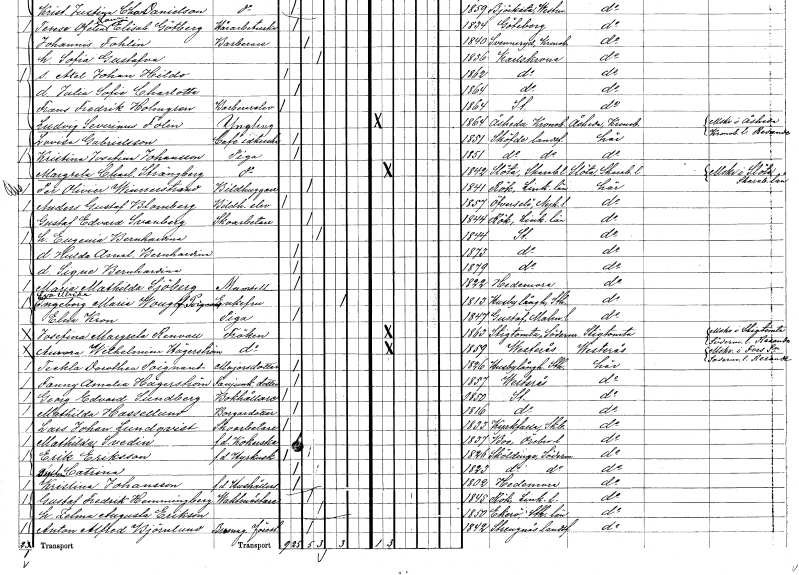
gt_parse: households: individuals: FN: Anders Gustaf
EN: Blomberg
YRKE: Bildhuggarelev
KON: M
CIV: O
FODAR: 1857
FODFORS: Överselö Södermanlands län
FN: Gustaf Edvard
EN: Svanberg
YRKE: Skoarbetare
KON: M
CIV: G
FODAR: 1844
FODFORS: Rök Östergötlands län
FN: Eugenia Bernhardina
KON: K
CIV: G
FODAR: 1844
FODFORS: Stockholm
FN: Hulda Amalia Bernhardina
KON: K
CIV: O
FODAR: 1873
FODFORS: Stockholm
FN: Signe Bernhardina
KON: K
CIV: O
FODAR: 1879
FODFORS: Stockholm
FN: Maria Mathilda
EN: Sjöberg
KON: K
CIV: O
FODAR: 1822
FODFORS: Hedemora Kopparbergs län
FN: Eva Ulrika Ingeborg Maria
EN: Wougt Poignant
KON: K
CIV: E
FODAR: 1813
FODFORS: Husby-Långhundra Uppsala län
FN: Elna
EN: Kron
YRKE: Piga
KON: K
CIV: O
FODAR: 1847
FODFORS: Gustaf Malmöhus län
FN: Josefina Margreta
EN: Renvall
KON: K
CIV: O
FODAR: 1863
FODFORS: Stigtomta Södermanlands län
FN: Aurora Wilhelmina
EN: Hägerström
KON: K
CIV: O
FODAR: 1859
FODFORS: Västerås Västmanlands län
FN: Teckla Dorothea
EN: Poignant
YRKE: Majors dotter
KON: K
CIV: O
FODAR: 1826
FODFORS: Husby-Långhundra Uppsala län
FN: Fanny Amalia
EN: Hägerström
YRKE: Fanjunkaredotter
KON: K
CIV: O
FODAR: 1857
FODFORS: Västerås Västmanlands län
FN: Georg Edvard
EN: Sundberg
YRKE: Bokhållare
KON: M
CIV: O
FODAR: 1850
FODFORS: Stockholm
FN: Mathilda
EN: Hassellund
YRKE: Borgaredotter
KON: K
CIV: O
FODAR: 1816
FODFORS: Stockholm
FN: Lars Johan
EN: Lundqvist
YRKE: Skoarbetare
KON: M
CIV: O
FODAR: 1833
FODFORS: Kyrkefalla Skaraborgs län
FN: Mathilda
EN: Svedin
YRKE: Kokerska f.d.
KON: K
CIV: O
FODAR: 1837
FODFORS: Bo Örebro län
FN: Erik
EN: Eriksson
YRKE: Hyrkusk f.d.
KON: M
CIV: O
FODAR: 1826
FODFORS: Sköldinge Södermanlands län
FN: Catrina
KON: K
CIV: O
FODAR: 1823
FODFORS: Sköldinge Södermanlands län
FN: Kristina
EN: Johansson
YRKE: Hushållerska f.d.
KON: K
CIV: O
FODAR: 1802
FODFORS: Hedemora Kopparbergs län
FN: Gustaf Fredrik
EN: Hemmingberg
YRKE: Vaktmästare
KON: M
CIV: G
FODAR: 1845
FODFORS: Rök Östergötlands län
FN: Selma Augusta
EN: Erikson
KON: K
CIV: G
FODAR: 1850
FODFORS: Ekerö Stockholms län
FN: Anton Alfred
EN: Björnlund
YRKE: Föreståndare Bromag.??
KON: M
CIV: G
FODAR: 1842
FODFORS: Strängnäs landsförsamling Södermanlands län